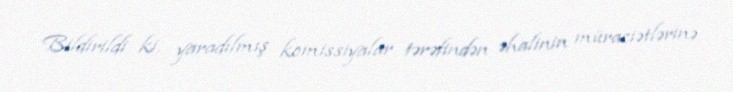
Bildirildi ki, yaradılmış komissiyalar tərəfindən əhalinin müraciətlərinə